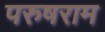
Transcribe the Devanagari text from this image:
परुषराम